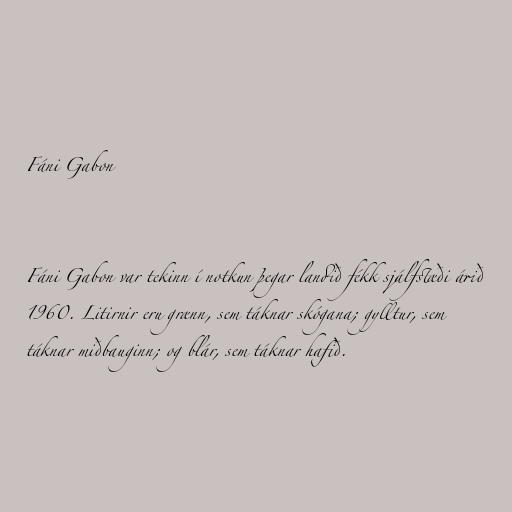
Fáni Gabon

Fáni Gabon var tekinn í notkun þegar landið fékk sjálfstæði árið
1960. Litirnir eru grænn, sem táknar skógana; gylltur, sem
táknar miðbauginn; og blár, sem táknar hafið.